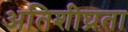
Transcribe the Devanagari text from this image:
अतिशीघ्रता